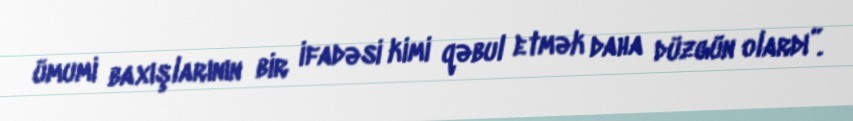
ümumi baxışlarının bir ifadəsi kimi qəbul etmək daha düzgün olardı”.